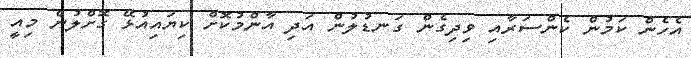
އެހެން ކަމުން ކެންސަރާއި ވިދިގެން ގަނޑުލުން އަދި އާންމުކޮށް ކިޔައިއުޅޭ ގޮށްލުން މިއީ